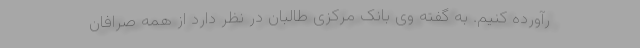
رآورده کنیم. به گفته وی بانک مرکزی طالبان در نظر دارد از همه صرافان